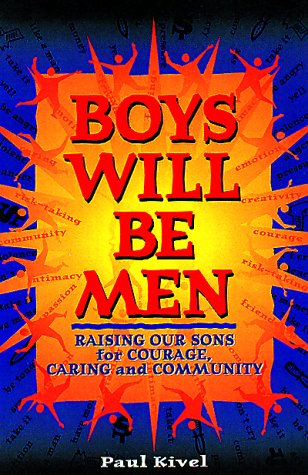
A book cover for Boys Will Be Men; Paul Kivel; Health, Fitness & Dieting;